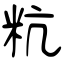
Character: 粇